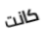
كانت